Civil Veterinary Department Bengal reports 1923-33 - 1923-1933
Year: 1923
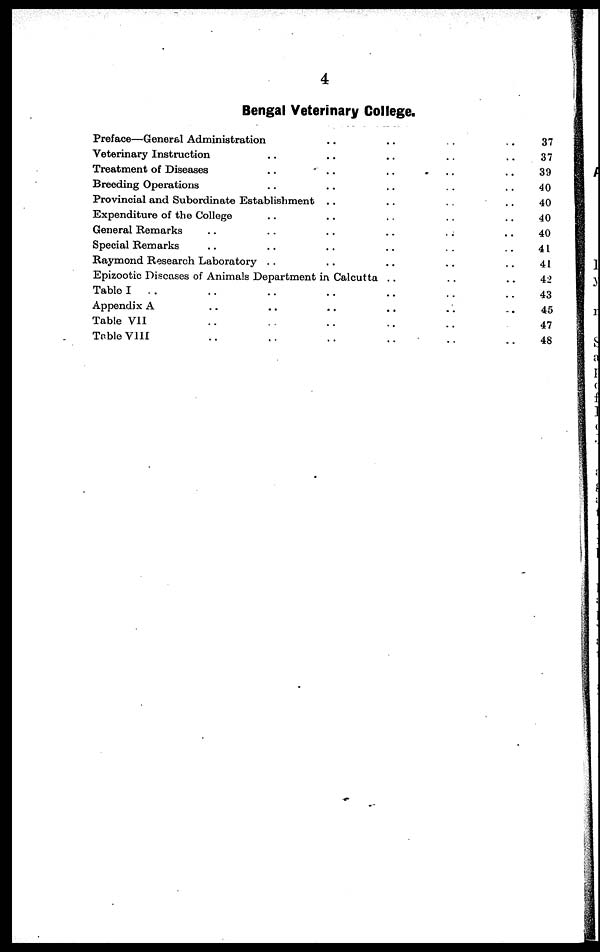
4
Bengal Veterinary College.
Preface—General Administration..
Veterinary Instruction....
Treatment of Diseases....
Breeding Operations....
Provincial and Subordinate Establishment..
Expenditure of the College....
General Remarks ......
Special Remarks ......
Raymond Research Laboratory....
Epizootic Diseases of Animals Department in Calcutta
Table I .. ......
Appendix A ......
Table VII ......
Table VIII
......
..
..
..
..
..
..
..
..
..
..
..
..
..
..
..
..
..
..
..
..
..
..
..
..
..
..
..
..
..
..
..
..
..
..
..
..
..
..
..
..
..
..
37
37
39
40
40
40
40
41
41
42
43
45
47
48